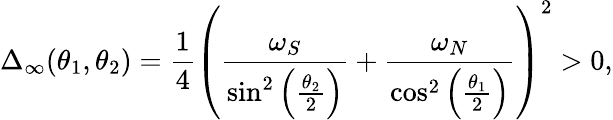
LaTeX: \Delta_{\infty}(\theta_{1},\theta_{2})=\frac{1}{4}\left(\frac{\omega_{S}}{\sin^{2}\left(\frac{\theta_{2}}{2}\right)}+\frac{\omega_{N}}{\cos^{2}\left(\frac{\theta_{1}}{2}\right)}\right)^{2}>0,